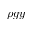
\rho g y